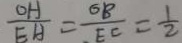
\frac { O H } { E A } = \frac { O B } { E C } = \frac { 1 } { 2 }